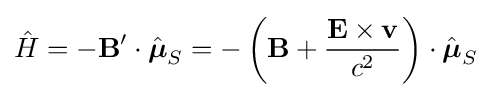
{\hat {H}}=-\mathbf {B} '\cdot {\hat {\boldsymbol {\mu }}}_{S}=-\left(\mathbf {B} +{\frac {\mathbf {E} \times \mathbf {v} }{c^{2}}}\right)\cdot {\hat {\boldsymbol {\mu }}}_{S}